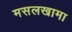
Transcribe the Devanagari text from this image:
मसलखामा